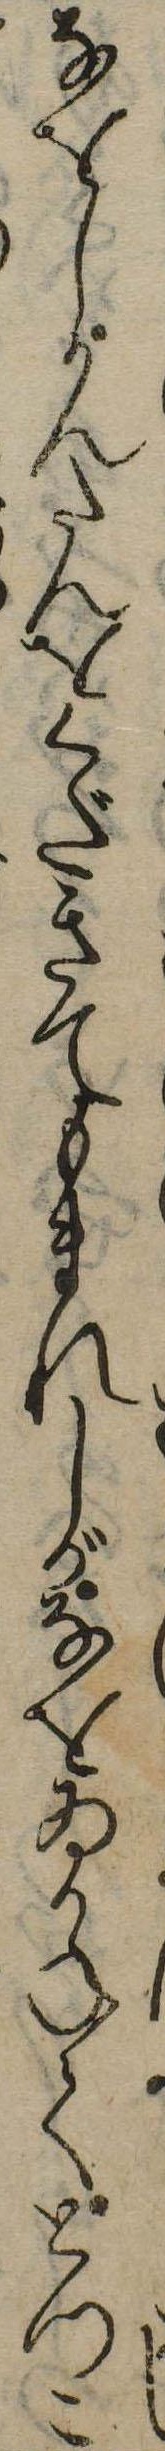
なをしかんたんをくだきてもまれしがなをゐかねてとつこ